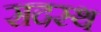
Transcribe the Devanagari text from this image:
सदस्थ